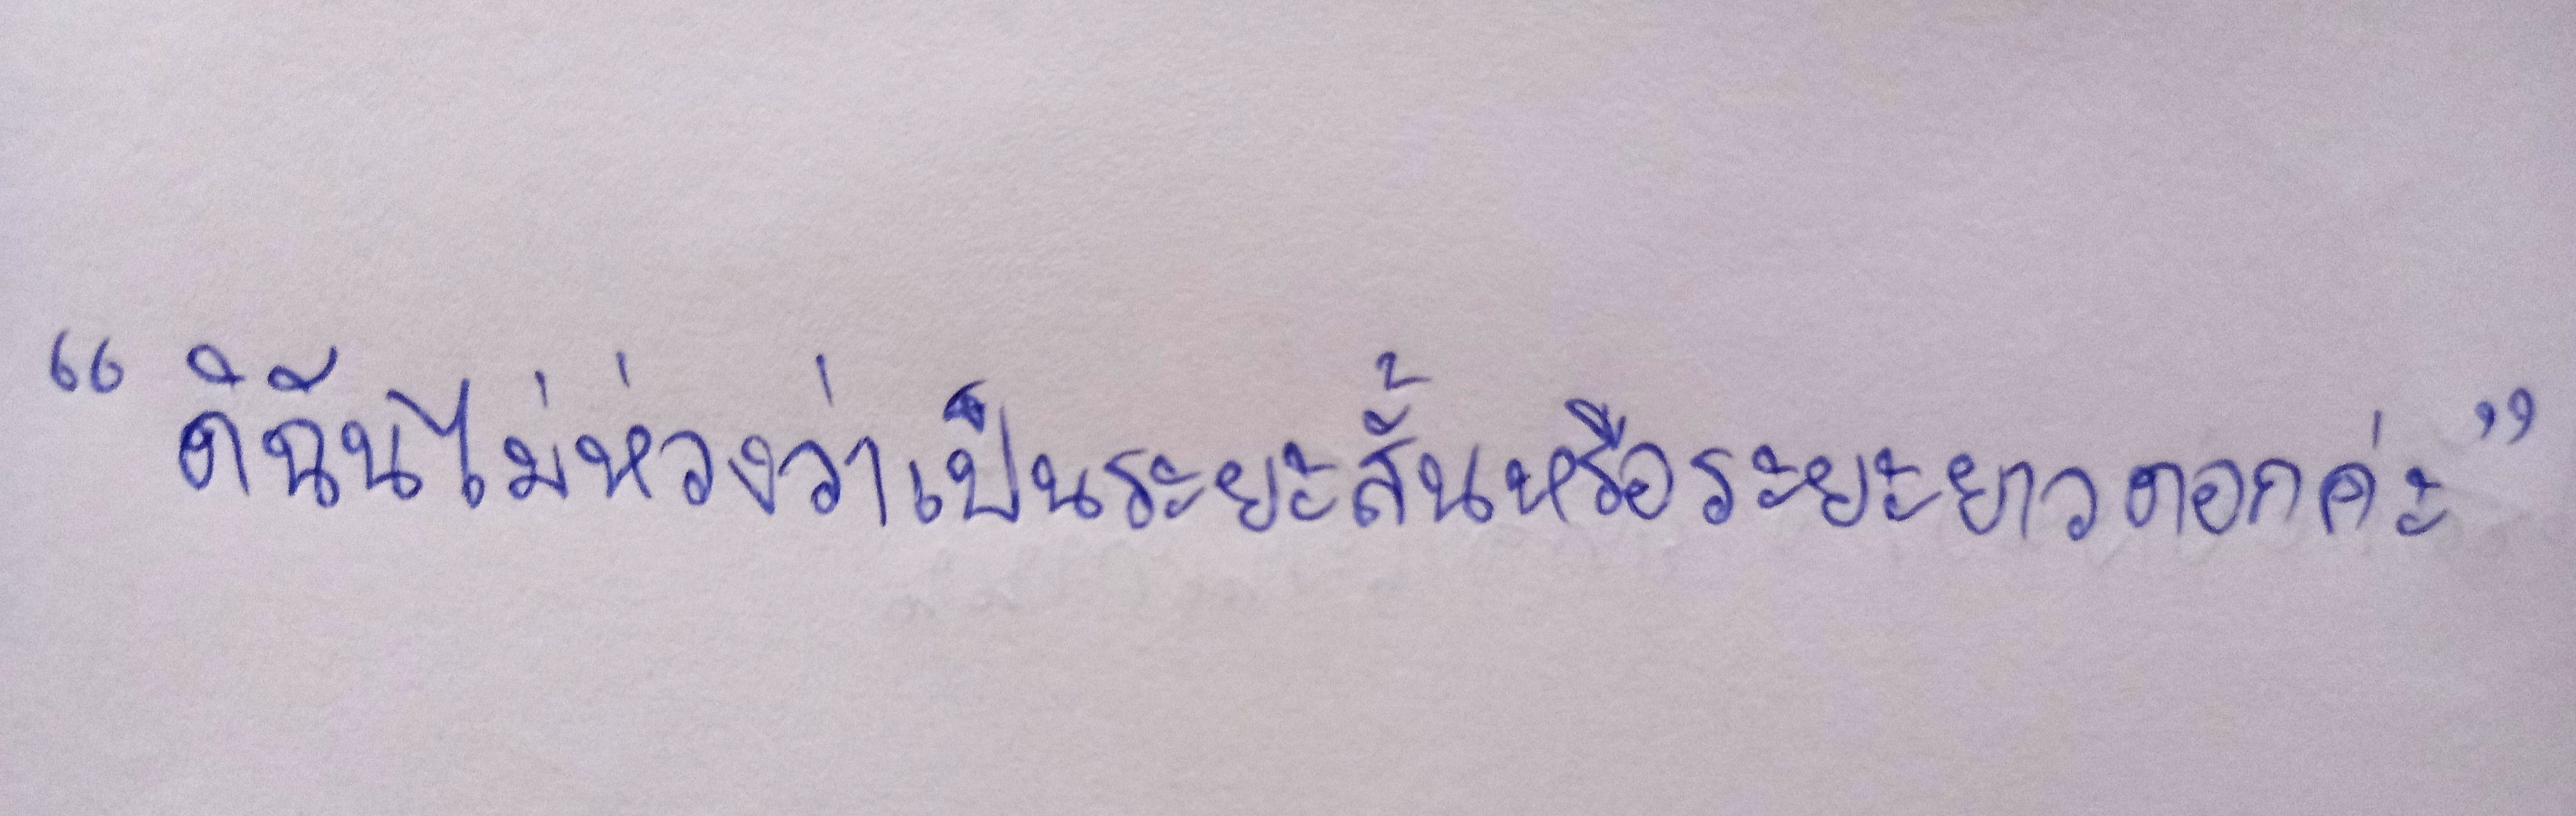
"ดิฉันไม่ห่วงว่าจะเป็นระยะสั้นหรือระยะยาวดอกค่ะ"